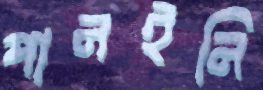
পানইনি